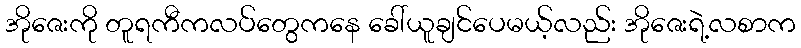
အိုဇေးကို တူရကီကလပ်တွေကနေ ခေါ်ယူချင်ပေမယ့်လည်း အိုဇေးရဲ့လစာက